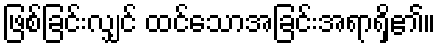
ဖြစ်ခြင်းလျှင် ထင်သောအခြင်းအရာရှိ၏။